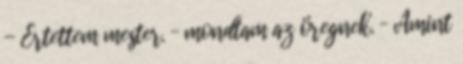
- Értettem mester. – mondtam az öregnek. – Amint